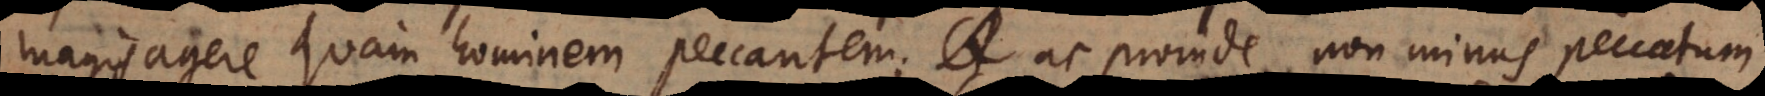
magis agere quam hominem peccantem; ac proinde non minus peccatum